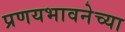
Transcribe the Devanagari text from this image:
प्रणयभावनेच्या